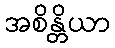
အစိန္တိယာ